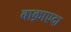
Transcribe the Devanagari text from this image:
बाक़ाएदा